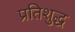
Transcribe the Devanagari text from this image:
प्रतिशुद्ध